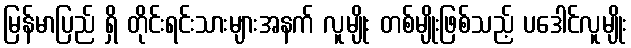
မြန်မာပြည် ရှိ တိုင်းရင်းသားများအနက် လူမျိုး တစ်မျိုးဖြစ်သည့် ပဒေါင်လူမျိုး